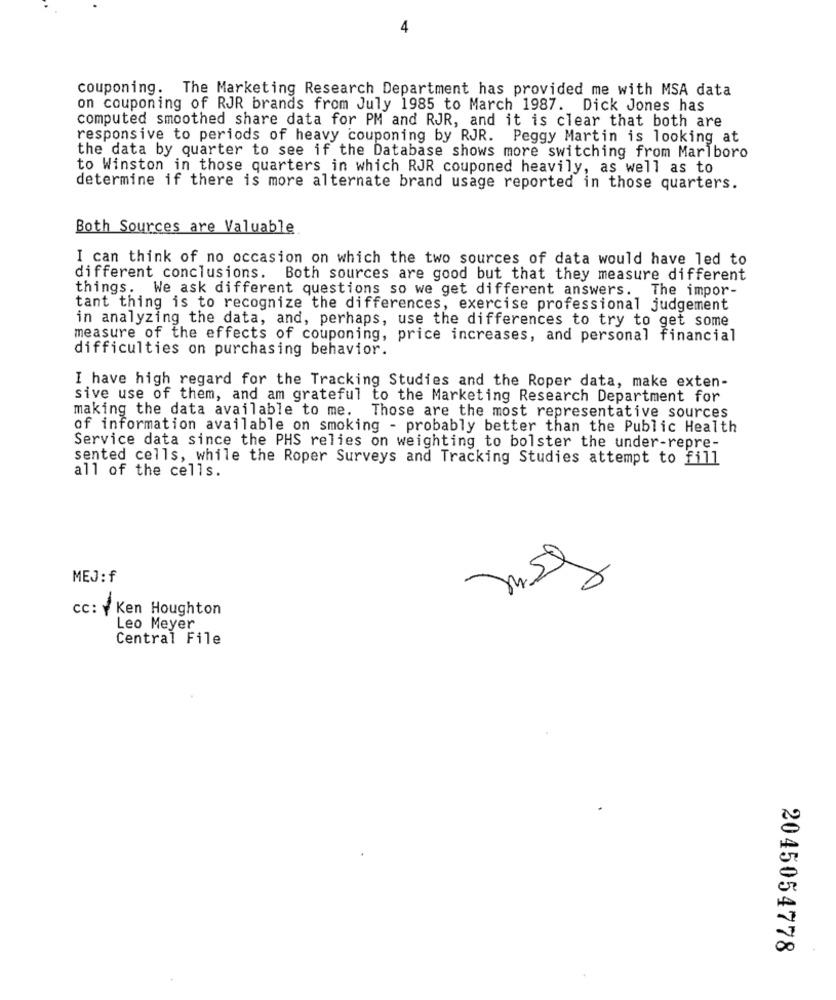
4
couponing. The Marketing Research Department has provided me with MSA data
on couponing of RJR brands from July 1985 to March 1987. Dick Jones has
computed smoothed share data for PM and RJR, and it is clear that both are
responsive to periods of heavy couponing by RJR. Peggy Martin is looking at
the data by quarter to see if the Database shows more switching from Marlboro
to Winston in those quarters in which RJR couponed heavily, as well as to
determine if there is more alternate brand usage reported in those quarters.
Both Sources are Valuable
I can think of no occasion on which the two sources of data would have led to
different conclusions. Both sources are good but that they measure different
things. We ask different questions so we get different answers. The impor-
tant thing is to recognize the differences, exercise professional judgement
in analyzing the data, and, perhaps, use the differences to try to get some
measure of the effects of couponing, price increases, and personal financial
difficulties on purchasing behavior.
I have high regard for the Tracking Studies and the Roper data, make exten-
sive use of them, and am grateful to the Marketing Research Department for
making the data available to me. Those are the most representative sources
of information available on smoking - probably better than the Public Health
Service data since the PHS relies on weighting to bolster the under-repre-
sented cells, while the Roper Surveys and Tracking Studies attempt to fill
all of the cells.
MEJ: f
CC: Y Ken Houghton
Leo Meyer
Central File
2045054778